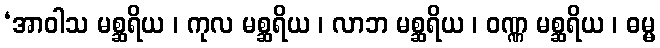
‘အာဝါသ မစ္ဆရိယ ၊ ကုလ မစ္ဆရိယ ၊ လာဘ မစ္ဆရိယ ၊ ဝဏ္ဏ မစ္ဆရိယ ၊ ဓမ္မ